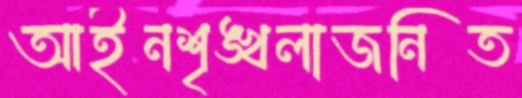
আইনশৃঙ্খলাজনিত